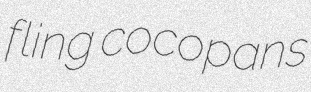
fling cocopans